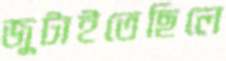
জুটাইতেছিলে